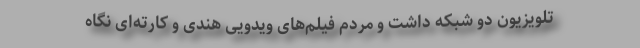
تلویزیون دو شبکه داشت و مردم فیلم‌های ویدویی هندی و کارته‌ای نگاه